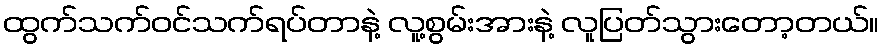
ထွက်သက်ဝင်သက်ရပ်တာနဲ့ လူ့စွမ်းအားနဲ့ လူပြတ်သွားတော့တယ်။